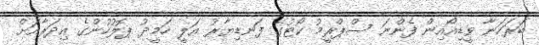
ބަރަހަނާ ވީޑިއޯއިން ފެންނަ ސްޕްރީމު ކޯޓުގެ ފަނޑިޔާރު އަލީ ހަމީދު ޕޮލުހުންގެ އިދަރާއަށް